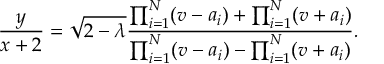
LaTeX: \frac { y } { x + 2 } = \sqrt { 2 - \lambda } \frac { \prod _ { i = 1 } ^ { N } ( v - a _ { i } ) + \prod _ { i = 1 } ^ { N } ( v + a _ { i } ) } { \prod _ { i = 1 } ^ { N } ( v - a _ { i } ) - \prod _ { i = 1 } ^ { N } ( v + a _ { i } ) } .